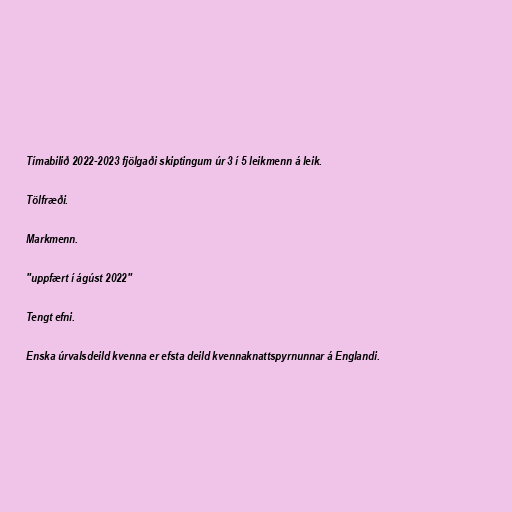
Tímabilið 2022-2023 fjölgaði skiptingum úr 3 í 5 leikmenn á leik.

Tölfræði.

Markmenn.

"uppfært í ágúst 2022"

Tengt efni.

Enska úrvalsdeild kvenna er efsta deild kvennaknattspyrnunnar á Englandi.